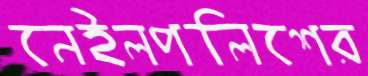
নেইলপলিশের